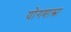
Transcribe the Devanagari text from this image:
योगशास्त्रा